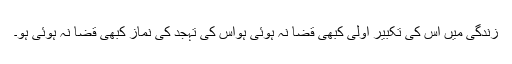
زندگی میں اس کی تکبیر اولیٰ کبھی قضا نہ ہوئی ہواس کی تہجد کی نماز کبھی قضا نہ ہوئی ہو۔